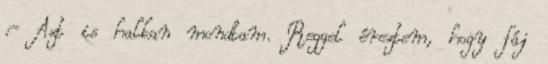
:- Azt is halkan mondtam. Reggel éreztem, hogy fáj